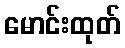
မောင်းထုတ်